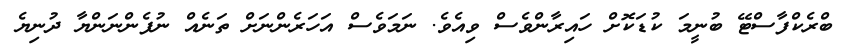
ބްރެކްފާސްޓޭ ބުނީމަ ކުޑަކޮށް ހައިރާންވެސް ވިއެވެ. ނަމަވެސް އަހަރެންނަށް ތަނެއް ނުފެންނަންޔާ ދުނިޔެ